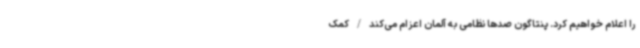
را اعلام خواهیم کرد. پنتاگون صدها نظامی به آلمان اعزام می‌کند/کمک